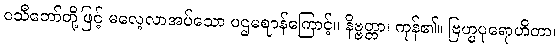
ဝသီဘော်တို့ဖြင့် မလေ့လာအပ်သော ပဌမဈာန်ကြောင့်။ နိဗ္ဗတ္တာ၊ ကုန်၏။ ဗြဟ္မပုရောဟိတာ၊